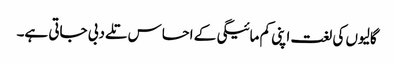
گالیوں کی لغت اپنی کم مائیگی کے احساس تلے دبی جاتی ہے۔